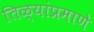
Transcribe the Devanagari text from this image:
तिळ्यांप्रमाणे